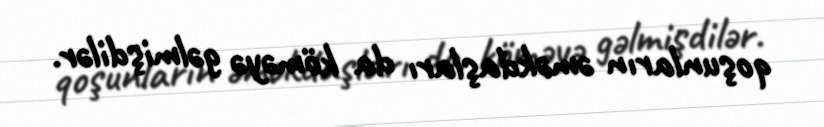
qoşunların əməkdaşları da köməyə gəlmişdilər.